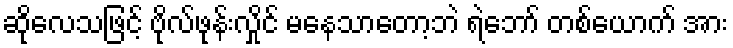
ဆိုလေသဖြင့် ဗိုလ်ဖုန်းလှိုင် မနေသာတော့ဘဲ ရဲဘော် တစ်ယောက် အား